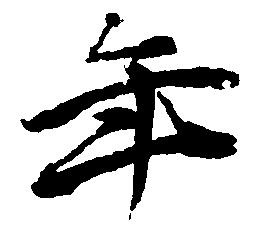
年